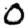
Digit: 0